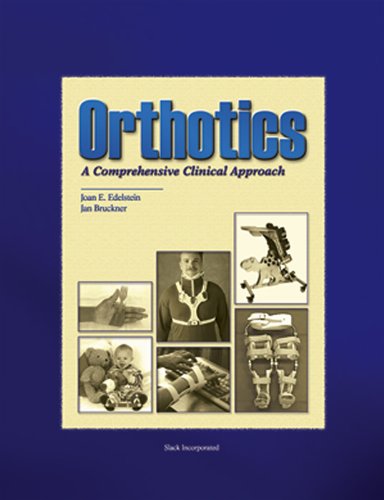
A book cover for Orthotics: A Comprehensive Clinical Approach; Joan Edelstein MA  PT  FISPO; Medical Books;